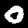
Digit: 0